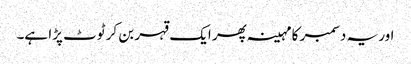
اور یہ دسمبر کا مہینہ پھر ایک قہر بن کر ٹوٹ پڑا ہے۔